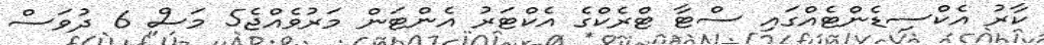
ކާރު އެކްސިޑެންޓެއްގައި ސްޓާ ޓްރެކްގެ އެކްޓަރު އެންޓަން މަރުވެއްޖެ5 މަސް 6 ދުވަސް